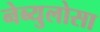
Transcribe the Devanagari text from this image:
नेब्युलोसा